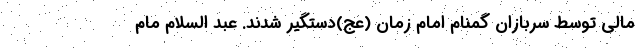
مالی توسط سربازان گمنام امام زمان (عج)دستگیر شدند. عبد السلام مام